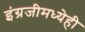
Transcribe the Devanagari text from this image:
इंग्रजीमध्येही